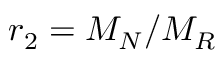
r _ { 2 } = M _ { N } / M _ { R }